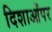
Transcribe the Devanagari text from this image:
दिशाओंपर